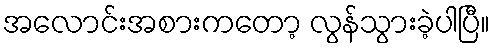
အလောင်းအစားကတော့ လွန်သွားခဲ့ပါပြီ။